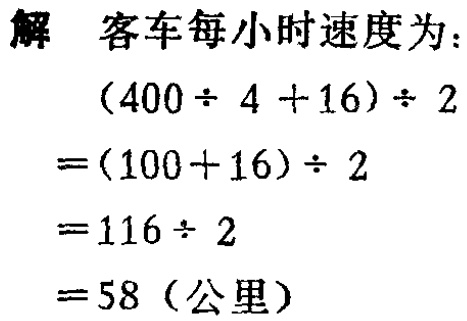
解 客车每小时速度为：

\[

\begin{align*}

&(400\div 4 + 16)\div 2\\

=&(100 + 16)\div 2\\

=&116\div 2\\

=&58 \text{（公里）}

\end{align*}

\]